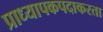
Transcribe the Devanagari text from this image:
प्राध्यापकपदाकरता